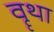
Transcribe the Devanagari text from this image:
वॄथा